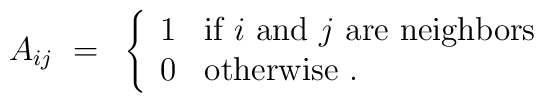
A_{ij} ~=~ \left\{ \begin{array}{ll}             1 & \mbox{if $i$ and $j$ are neighbors}\\ 0 &                 {\rm otherwise}~.             \end{array} \right.